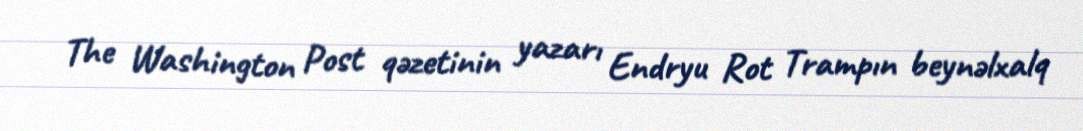
The Washington Post qəzetinin yazarı Endryu Rot Trampın beynəlxalq